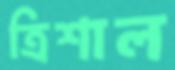
ত্রিশাল